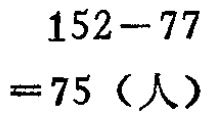
\[

\begin{align*}

152 - 77 \\

= 75 \text{（人）}

\end{align*}

\]